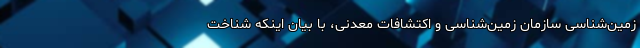
زمین‌شناسی سازمان زمین‌شناسی و اکتشافات معدنی، با بیان اینکه شناخت